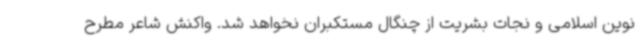
نوین اسلامی و نجات بشریت از چنگال مستکبران نخواهد شد. واکنش شاعر مطرح